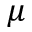
\mu